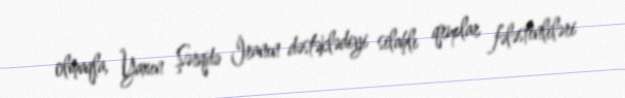
olmaqla, Yaxın Şərqdə İranın dəstəklədiyi silahlı qruplar fələstinliləri